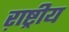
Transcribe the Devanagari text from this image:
ऱाष्ट्रीय